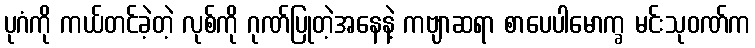
ပုဂံကို ကယ်တင်ခဲ့တဲ့ လုစ်ကို ဂုဏ်ပြုတဲ့အနေနဲ့ ကဗျာဆရာ စာပေပါမောက္ခ မင်းသုဝဏ်က